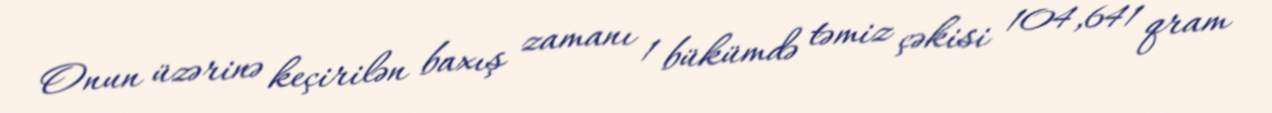
Onun üzərinə keçirilən baxış zamanı 1 bükümdə təmiz çəkisi 104,641 qram